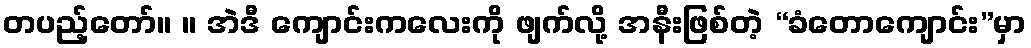
တပည့်တော်။ ။ အဲဒီ ကျောင်းကလေးကို ဖျက်လို့ အနီးဖြစ်တဲ့ “ခံတောကျောင်း”မှာ